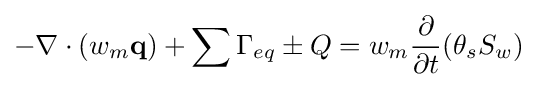
-\nabla \cdot (w_{m}{\textbf {q}})+\sum \Gamma _{eq}\pm Q=w_{m}{\frac {\partial }{\partial t}}(\theta _{s}S_{w})